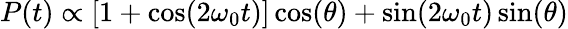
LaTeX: P(t)\propto\left[1+\cos(2\omega_{0}t)\right]\cos(\theta)+\sin(2\omega_{0}t)\sin(\theta)